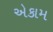
એકામ